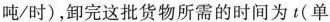
吨/时)，卸完这批货物所需的时间为t(单